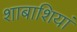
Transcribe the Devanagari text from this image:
शाबाशियां